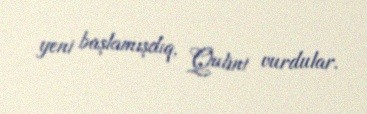
yeni başlamışdıq, Qulini vurdular.